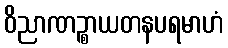
ဝိညာဏဉ္စာယတနပရမာဟံ